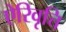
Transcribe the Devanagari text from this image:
ऐरिवृत्ति